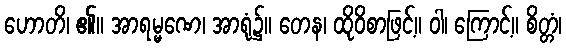
ဟောတိ၊ ၏။ အာရမ္မဏေ၊ အာရုံ၌။ တေန၊ ထိုဝိစာဖြင့်။ ဝါ၊ ကြောင့်။ စိတ္တံ၊